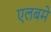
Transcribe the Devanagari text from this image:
एलबमें